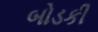
બોડકી